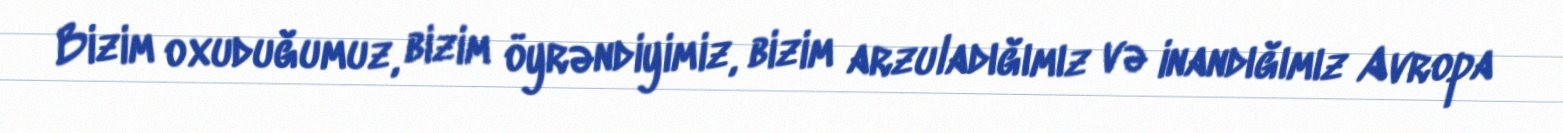
Bizim oxuduğumuz, bizim öyrəndiyimiz, bizim arzuladığımız və inandığımız Avropa